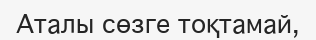
Аталы сөзге тоқтамай,